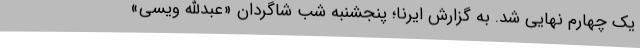
یک چهارم نهایی شد. به گزارش ایرنا؛ پنجشنبه شب شاگردان «عبدالله ویسی»